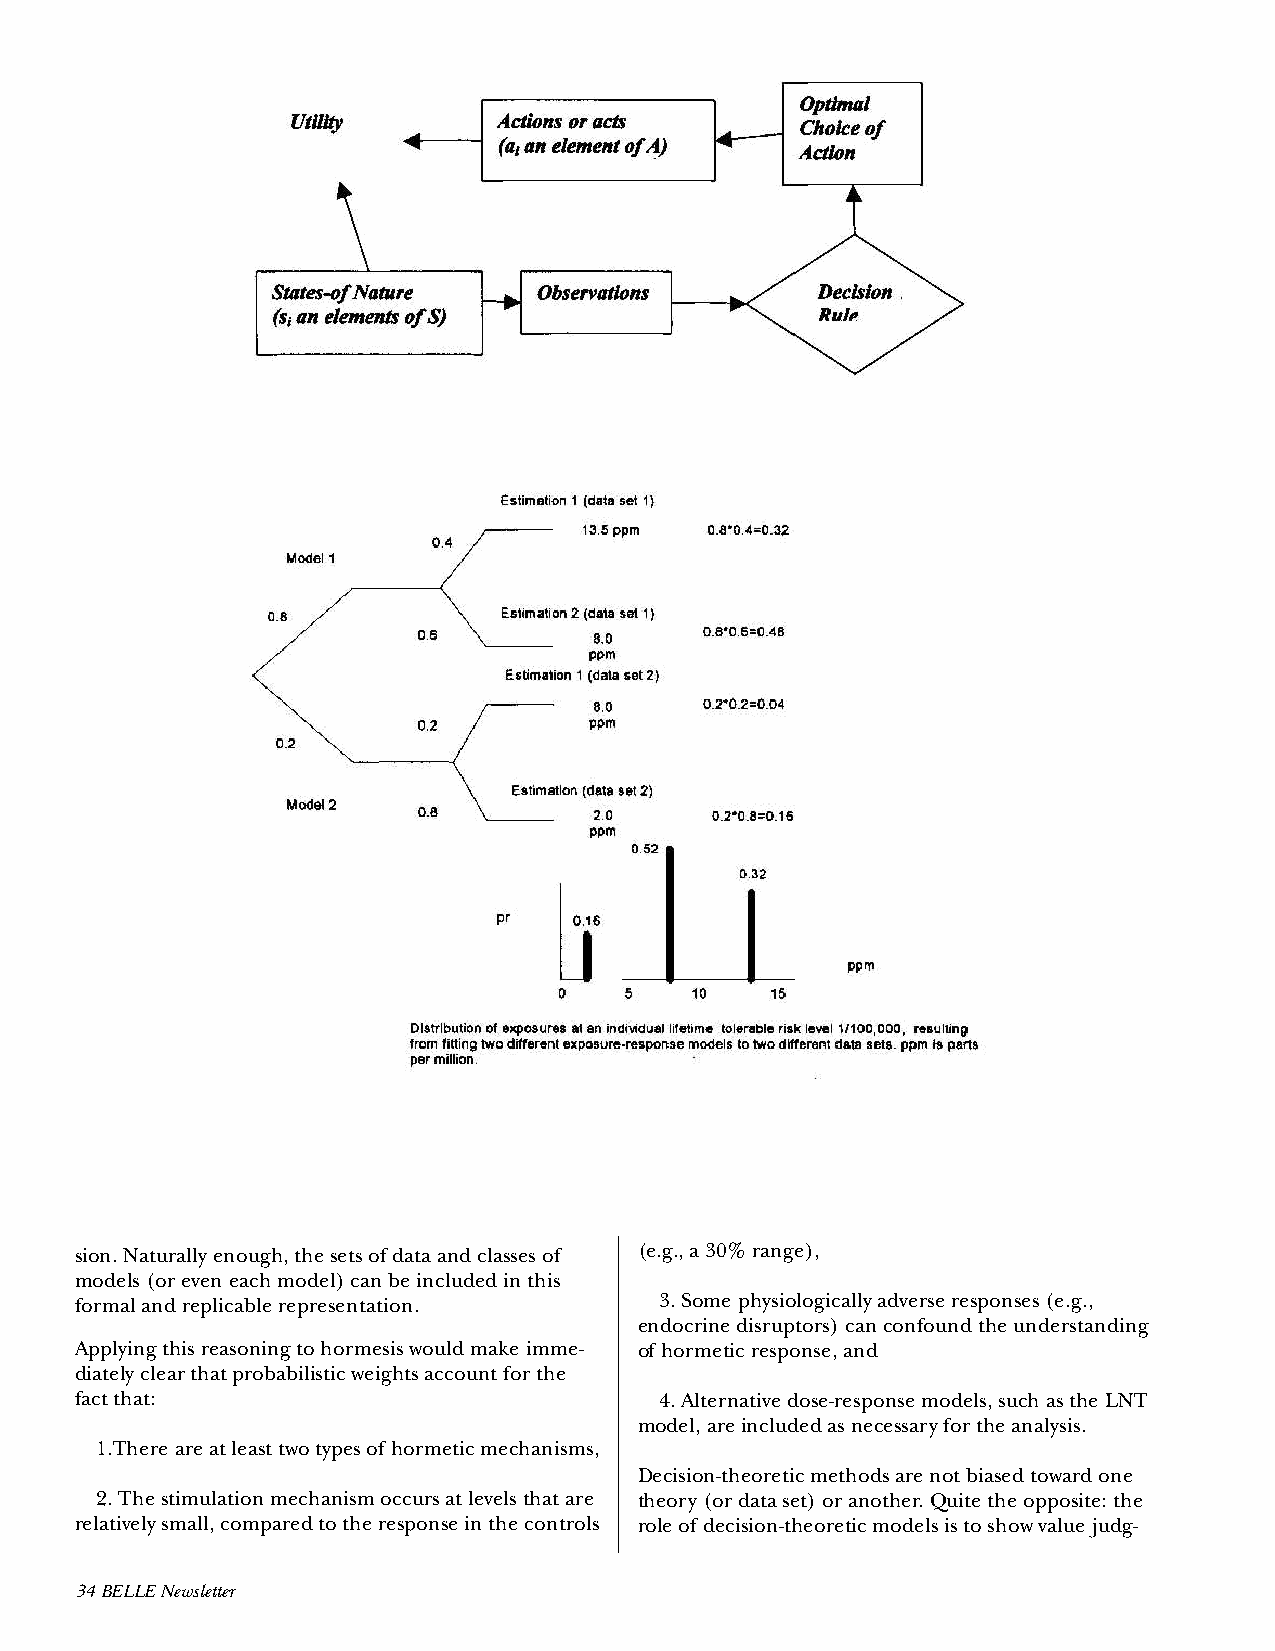
sion. Naturally enough, the sets of data and classes of (e.g., a 30% range),
 models (or even each model) can be included in this
 formal and replicable representation.  3. Some physiologically adverse responses (e.g.,
 endocrine disruptors) can confound the understanding
 Applying this reasoning to hormesis would make imme- of hormetic response, and
 diately clear that probabilistic weights account for the
 fact that:                             4. Alternative dose-response models, such as the LNT
 model, are included as necessary for the analysis.
 1.There are at least two types of hormetic mechanisms,
 Decision-theoretic methods are not biased toward one
 2. The stimulation mechanism occurs at levels that are theory (or data set) or another. Quite the opposite: the
 relatively small, compared to the response in the controls role of decision-theoretic models is to show value judg-
 34 BELLE Newsletter